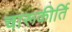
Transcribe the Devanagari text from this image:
चारूकीर्ति